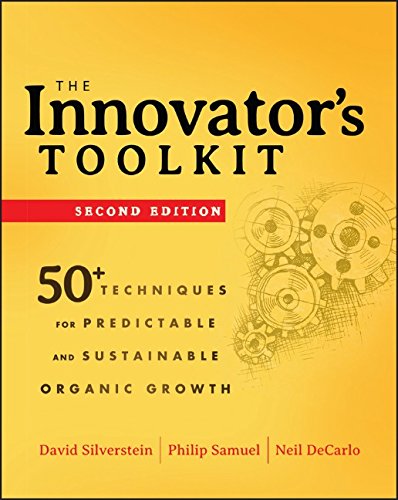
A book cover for The Innovator's Toolkit: 50+ Techniques for Predictable and Sustainable Organic Growth; David Silverstein; Business & Money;